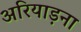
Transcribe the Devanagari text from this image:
अरियाड़ना